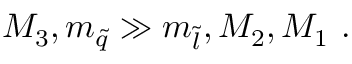
M _ { 3 } , m _ { \tilde { q } } \gg m _ { \tilde { l } } , M _ { 2 } , M _ { 1 } \ .